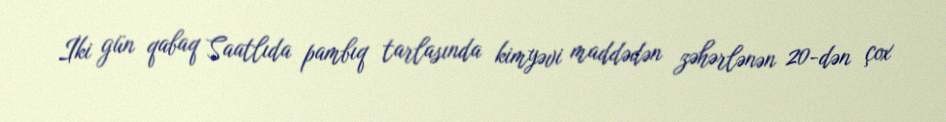
İki gün qabaq Saatlıda pambıq tarlasında kimyəvi maddədən zəhərlənən 20-dən çox